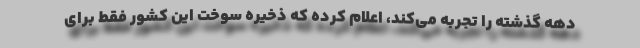
دهه گذشته را تجربه می‌کند، اعلام کرده که ذخیره سوخت این کشور فقط برای